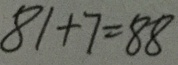
8 1 + 7 = 8 8